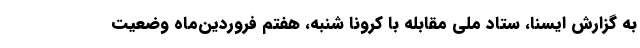
به گزارش ایسنا، ستاد ملی مقابله با کرونا شنبه، هفتم فروردین‌ماه وضعیت